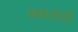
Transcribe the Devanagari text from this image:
मफलरों